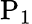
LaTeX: \mathrm{P_{1}}